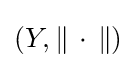
(Y,\|\,\cdot \,\|)